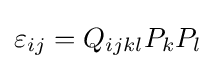
\varepsilon _{ij}=Q_{ijkl}P_{k}P_{l}